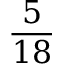
\frac { 5 } { 1 8 }